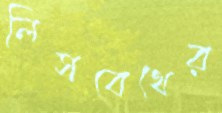
লিসবেথের